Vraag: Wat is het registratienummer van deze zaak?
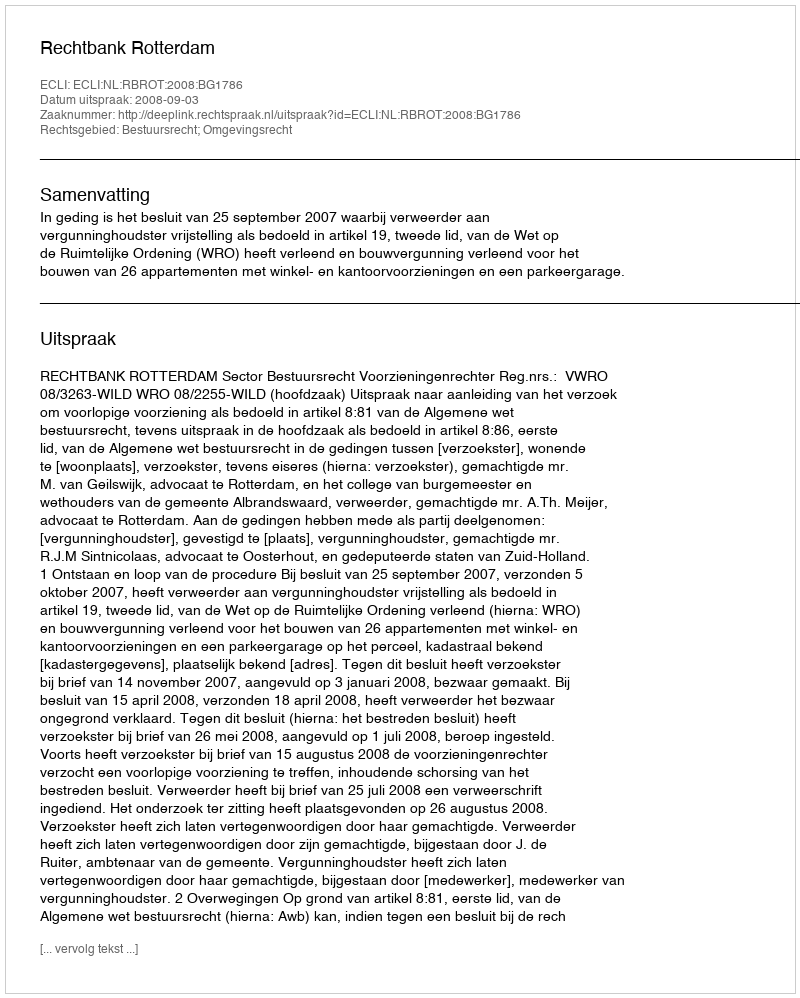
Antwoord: http://deeplink.rechtspraak.nl/uitspraak?id=ECLI:NL:RBROT:2008:BG1786